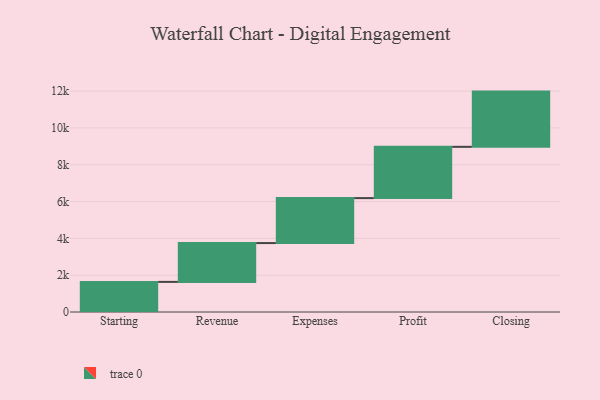
{"axis": {"x": "Step", "y": "Value"}, "legend": [""], "data": [{"x": "Starting", "y": 1636.0, "type": ""}, {"x": "Revenue", "y": 2109.0, "type": ""}, {"x": "Expenses", "y": 2443.0, "type": ""}, {"x": "Profit", "y": 2787.0, "type": ""}, {"x": "Closing", "y": 3000, "type": ""}]}